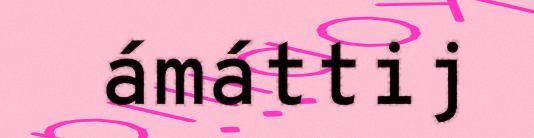
ámáttij